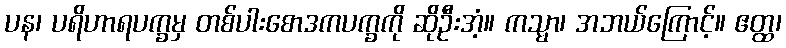
ပန၊ ပရိဟာရပက္ခမှ တစ်ပါးစောဒကပက္ခကို ဆိုဦးအံ့။ ကသ္မာ၊ အဘယ်ကြောင့်။ ဧတ္ထ၊